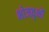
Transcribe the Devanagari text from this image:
भोजवृक्षों